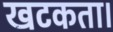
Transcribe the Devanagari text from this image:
खटकता।